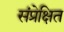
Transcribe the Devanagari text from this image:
संप्रेक्षित